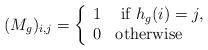
LaTeX: \begin{align*}(M_{g})_{i,j}=\left\{\begin{array}{rl} 1 & \textrm{ if } h_{g}(i )= j, \\ 0 & \textrm{otherwise} \end{array}\right.\end{align*}